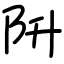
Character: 阩